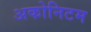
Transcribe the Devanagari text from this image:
अकोनिटम